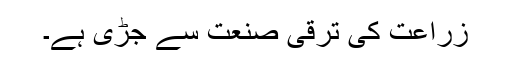
زراعت کی ترقی صنعت سے جڑی ہے۔